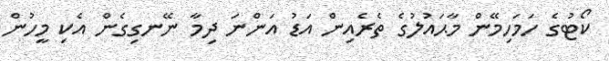
ކޯޓުގެ ހަމަހިމޭން މާޙައުލުގެ ތެރެއިން އަޑު އަންނަ ދިމާ ނޭނގިގެން އެކި މީހުން